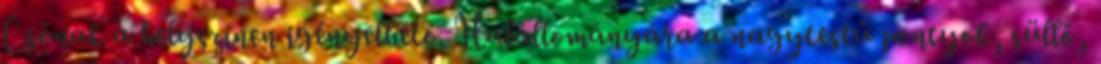
Csónak a helyszínen igényelhető. Halállományára a nagytestű pontyok, süllő,